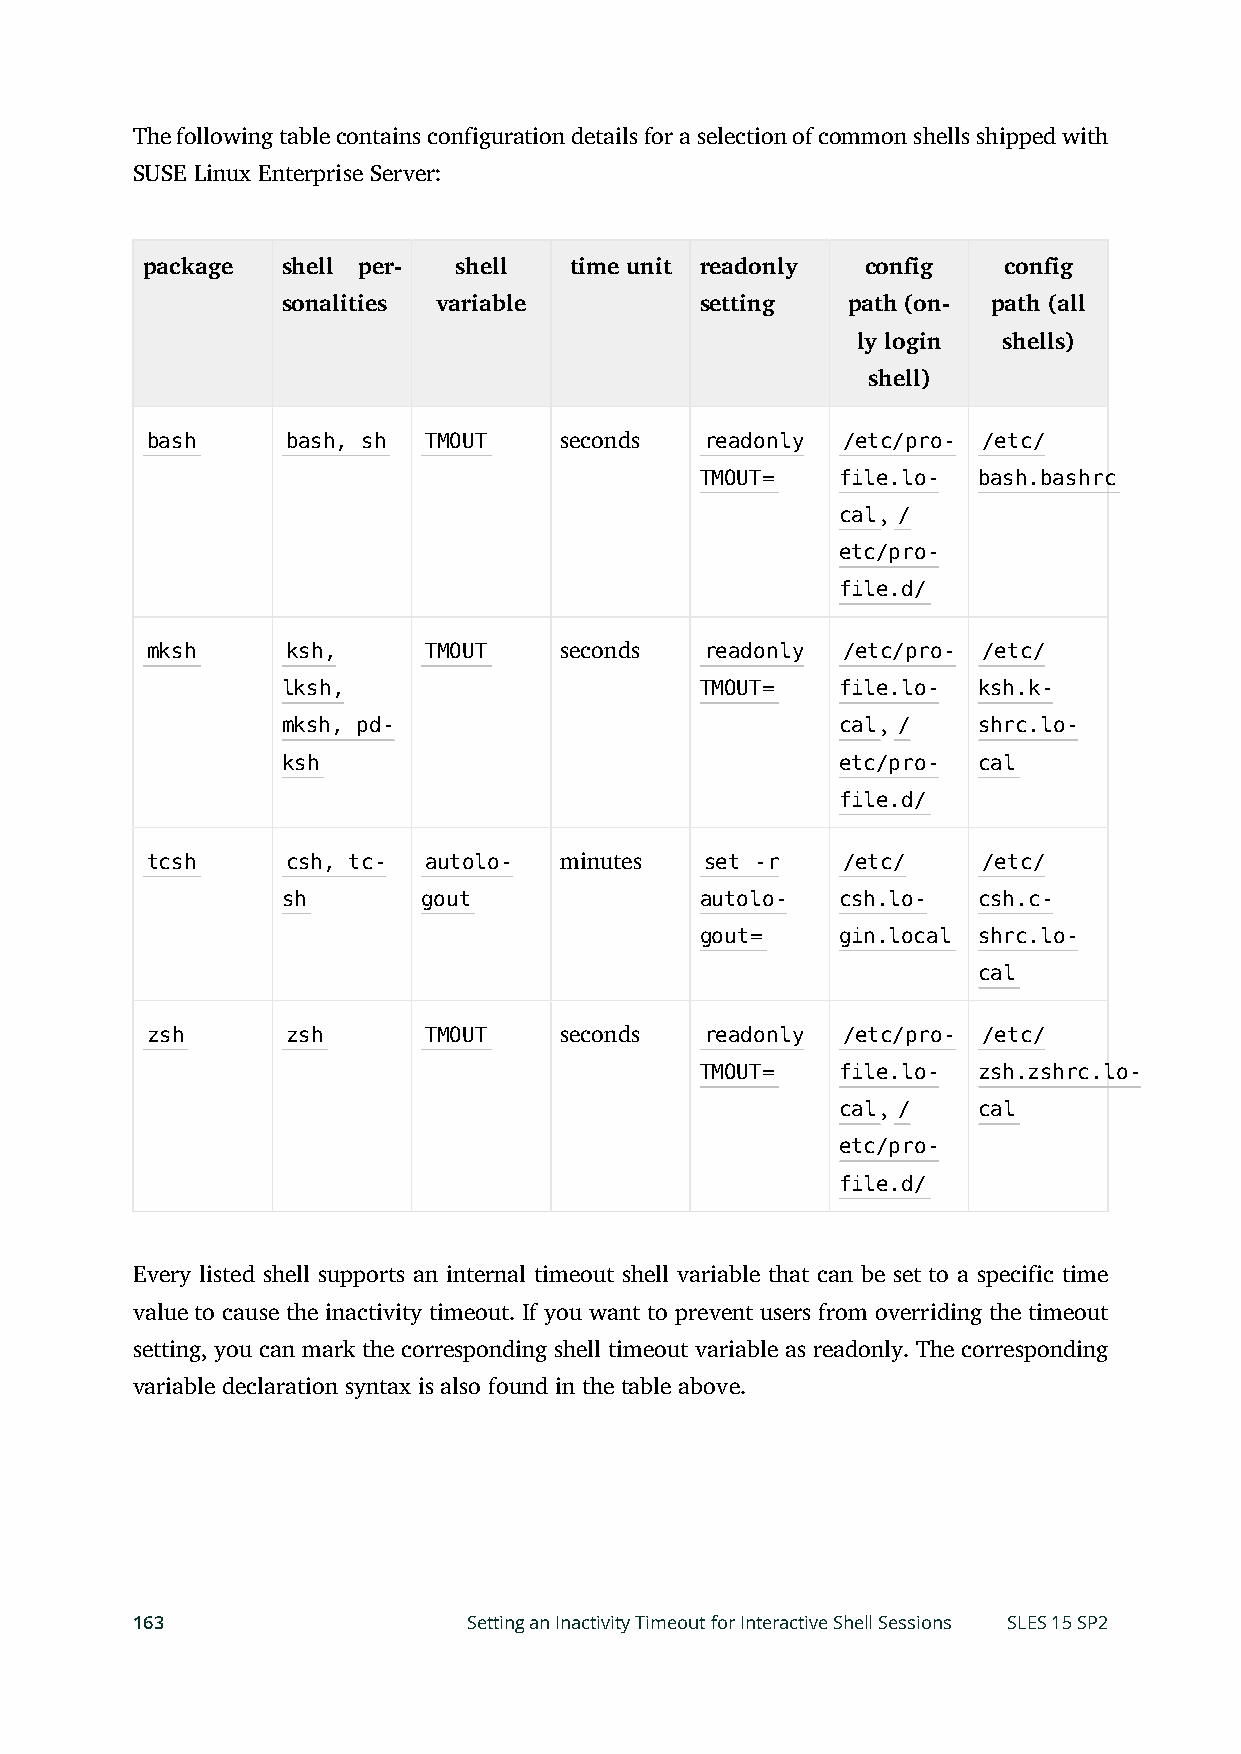
The following table contains configuration details for a selection of common shells shipped with
 SUSE Linux Enterprise Server:
 package   shell per- shell   time unit readonly config   config
 sonalities variable        setting   path (on- path (all
 ly login shells)
 shell)
 bash     bash, sh TMOUT    seconds   readonly /etc/pro- /etc/
 TMOUT=    file.lo- bash.bashrc
 cal, /
 etc/pro-
 file.d/
 mksh     ksh,     TMOUT    seconds   readonly /etc/pro- /etc/
 lksh,                      TMOUT=    file.lo- ksh.k-
 mksh, pd-                            cal, /   shrc.lo-
 ksh                                  etc/pro- cal
 file.d/
 tcsh     csh, tc- autolo-  minutes   set -r   /etc/    /etc/
 sh       gout              autolo-   csh.lo-  csh.c-
 gout=     gin.local shrc.lo-
 cal
 zsh      zsh      TMOUT    seconds   readonly /etc/pro- /etc/
 TMOUT=    file.lo- zsh.zshrc.lo-
 cal, /   cal
 etc/pro-
 file.d/
 Every listed shell supports an internal timeout shell variable that can be set to a specific time
 value to cause the inactivity timeout. If you want to prevent users from overriding the timeout
 setting, you can mark the corresponding shell timeout variable as readonly. The corresponding
 variable declaration syntax is also found in the table above.
 163                   Setting an Inactivity Timeout for Interactive Shell Sessions SLES 15 SP2